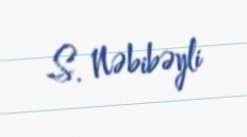
S. Nəbibəyli